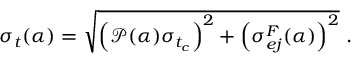
\sigma _ { t } ( \alpha ) = \sqrt { \Big ( \mathscr { P } ( \alpha ) \sigma _ { t _ { c } } \Big ) ^ { 2 } + \Big ( \sigma _ { e j } ^ { F } ( \alpha ) \Big ) ^ { 2 } } ~ .